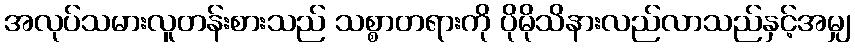
အလုပ်သမားလူတန်းစားသည် သစ္စာတရားကို ပိုမိုသိနားလည်လာသည်နှင့်အမျှ